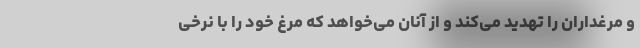
و مرغداران را تهدید می‌کند و از آنان می‌خواهد که مرغ خود را با نرخی